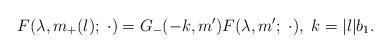
LaTeX: \begin{align*}F (\lambda, m_+(l);\; \cdot ) = G_- (- k, m') F (\lambda, m';\; \cdot ), \; k = |l| b_1.\end{align*}